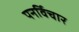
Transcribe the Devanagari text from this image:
पनर्विचार